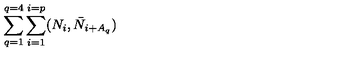
\sum _ { q = 1 } ^ { q = 4 } \sum _ { i = 1 } ^ { i = p } ( N _ { i } , \bar { N } _ { i + A _ { q } } )